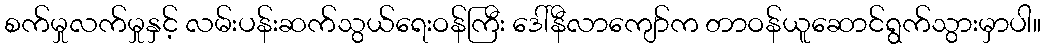
စက်မှုလက်မှုနှင့် လမ်းပန်းဆက်သွယ်ရေးဝန်ကြီး ဒေါ်နီလာကျော်က တာဝန်ယူဆောင်ရွက်သွားမှာပါ။